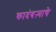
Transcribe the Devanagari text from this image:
कादंबऱ्याचे